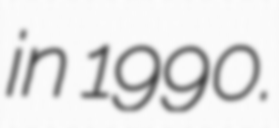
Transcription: in 1990.